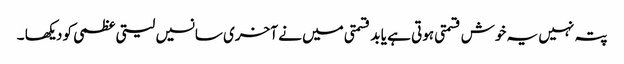
پتہ نہیں یہ خوش قسمتی ہوتی ہے یا بد قسمتی میں نے آخری سانسیں لیتی عظمی کو دیکھا ۔